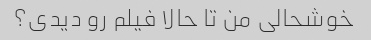
خوشحالی من تا حالا فیلم رو دیدی؟